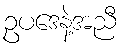
ဥပဒေနဲ့အညီ